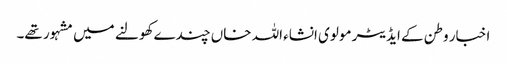
اخبار وطن کے ایڈیٹر مولوی انشاء اللہ خاں چندے کھولنے میں مشہور تھے۔